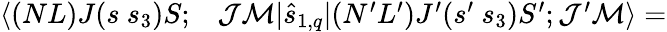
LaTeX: \begin{array}{rl}{\langle(NL)J(s~s_{3})S;}&{{}\mathcal{J}\mathcal{M}|\hat{s}_{1,q}|(N^{\prime}L^{\prime})J^{\prime}(s^{\prime}~s_{3})S^{\prime};\mathcal{J}^{\prime}\mathcal{M}\rangle=}\end{array}